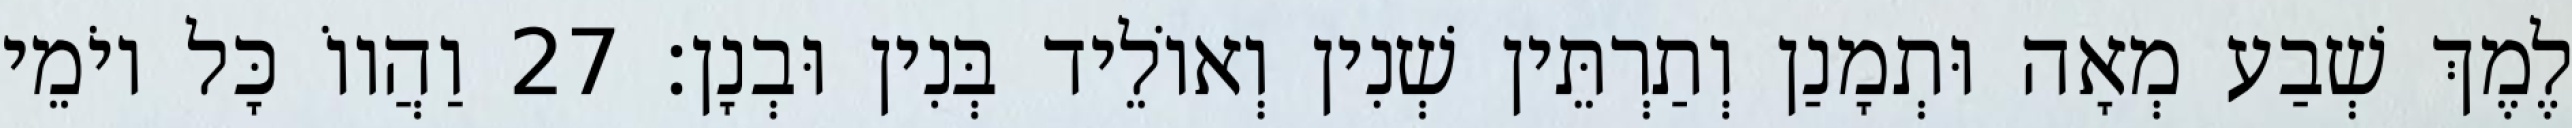
לֶמֶךְ שְׁבַע מְאָה וּתְמָנַן וְתַרְתֵּין שְׁנִין וְאוֹלֵיד בְּנִין וּבְנָן׃ 27 וַהֲווֹ כָּל יוֹמֵי